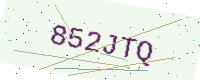
Text: 852JTQ